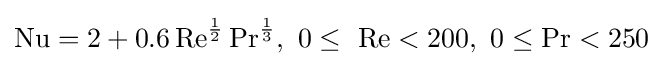
\mathrm {Nu} =2+0.6\,\mathrm {Re} ^{\frac {1}{2}}\,\mathrm {Pr} ^{\frac {1}{3}},~0\leq ~\mathrm {Re} <200,~0\leq \mathrm {Pr} <250